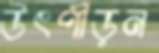
উৎপীড়ন